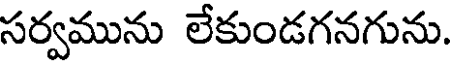
సర్వమును లేకుండగనగును.